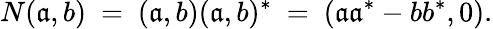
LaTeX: N(\mathfrak{a},b)\ =\ (\mathfrak{a},b)(\mathfrak{a},b)^{*}\ =\ (\mathfrak{a}\mathfrak{a}^{*}-bb^{*},0).